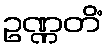
ဥဏ္ဏတိံ